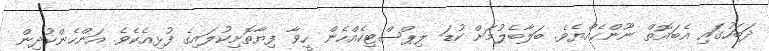
ދަބަހުގައި އެބައޮތް ނޫންހެއްޔެވެ. ބަލާބެލުމަށް ކުޑަ ލިޕްސްޓިކެއްހެން ހީވާ ފިޔާތޮށިކުލައިގެ ފުޅިއެކެވެ. އަންހެންކުދިން